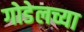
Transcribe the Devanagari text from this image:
गोडेलच्या